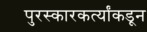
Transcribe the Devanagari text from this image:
पुरस्कारकर्त्यांकडून